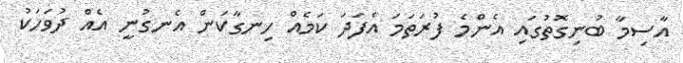
އާސިމާ ބުނިގޮތުގައި އެންމެ ފުރަތަމަ އެފަދަ ކަމެއް ހިނގާކަން އެނގުނީ އެއް ދުވަހަކު